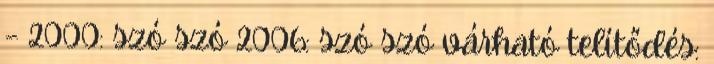
– 2000: szó szó 2006: szó szó várható telítődés: